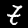
Label: 7